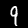
Digit: 9